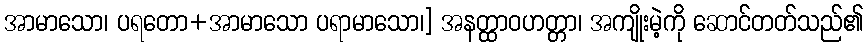
အာမာသော၊ ပရတော+အာမာသော ပရာမာသော၊] အနတ္ထာဝဟတ္တာ၊ အကျိုးမဲ့ကို ဆောင်တတ်သည်၏